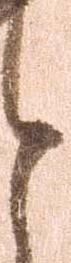
と